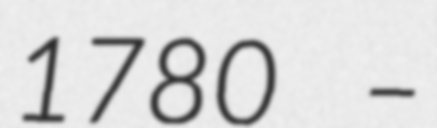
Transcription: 1780 –